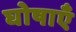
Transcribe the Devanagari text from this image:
घोषाएँ